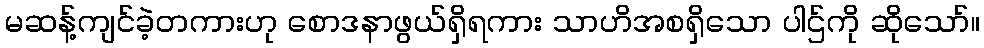
မဆန့်ကျင်ခဲ့တကားဟု စောဒနာဖွယ်ရှိရကား သာဟိအစရှိသော ပါဌ်ကို ဆိုသော်။